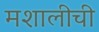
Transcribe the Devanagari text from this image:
मशालीची